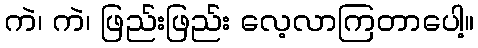
ကဲ၊ ကဲ၊ ဖြည်းဖြည်း လေ့လာကြတာပေါ့။